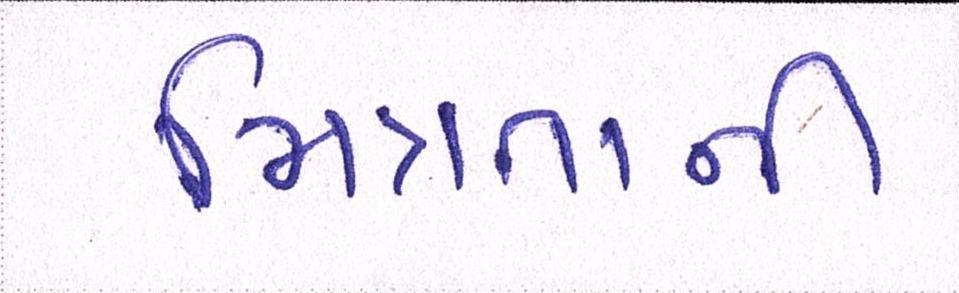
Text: મિત્રતાની